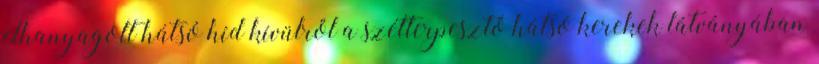
elhanyagolt hátsó híd kívülről a szétterpesztő hátsó kerekek látványában